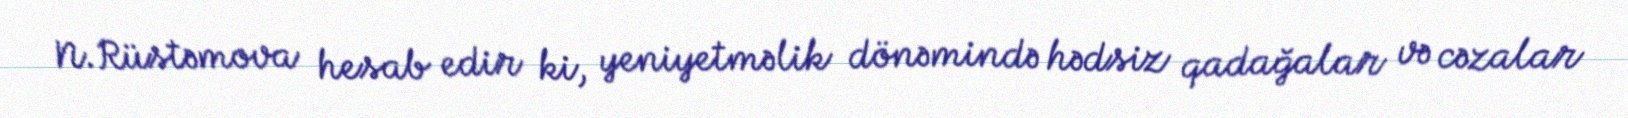
N.Rüstəmova hesab edir ki, yeniyetməlik dönəmində hədsiz qadağalar və cəzalar